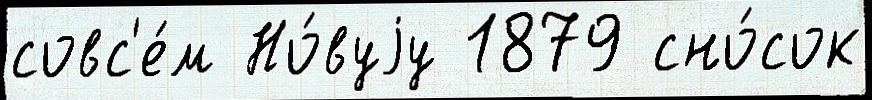
совс'е́м Но́вуjу 1879 сно́сок